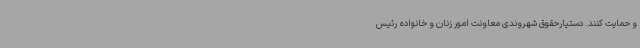
و حمایت کنند. دستیارحقوق شهروندی معاونت امور زنان و خانواده رئیس